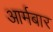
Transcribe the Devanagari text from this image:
आर्मबार